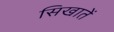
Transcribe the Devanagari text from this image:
सिखातें